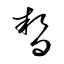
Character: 暫